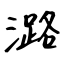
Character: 潞